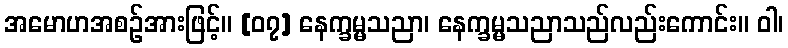
အမောဟအစဉ်အားဖြင့်။ [၀၇] နေက္ခမ္မသညာ၊ နေက္ခမ္မသညာသည်လည်းကောင်း။ ဝါ၊